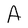
Character: A